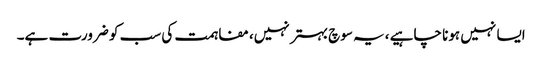
ایسا نہیں ہونا چاہیے ،یہ سوچ بہتر نہیں، مفاہمت کی سب کو ضرورت ہے۔